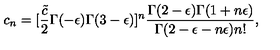
c _ { n } = [ { \frac { \tilde { c } } { 2 } } \Gamma ( - \epsilon ) \Gamma ( 3 - \epsilon ) ] ^ { n } \frac { \Gamma ( 2 - \epsilon ) \Gamma ( 1 + n \epsilon ) } { \Gamma ( 2 - \epsilon - n \epsilon ) n ! } ,